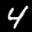
Label: 4